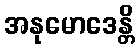
အနုမောဒေန္တိ